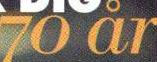
70 år